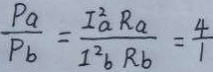
\frac { P a } { P b } = \frac { I ^ { 2 } a R a } { I ^ { 2 } b R b } = \frac { 4 } { 1 }